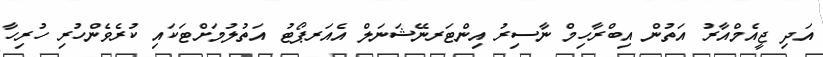
އަދި ޖީއެމްއާރު އަތުން އިބްރާހިމް ނާސިރު އިންޓަރނޭޝަނަލް އެއަރޕޯޓު އަތުލުމަށްޓަކައި ކުރެވެންހުރި ހުރިހާ